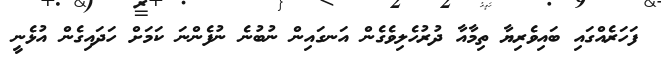
ފަހަރެއްގައި ބައިވެރިޔާ ތިމާއާ ދުރުހެލިވެގެން އަނގައިން ނުބުނެ ނުފެންނަ ކަމަށް ހަދައިގެން އުޅެނީ